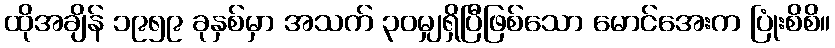
ထိုအချိန် ၁၉၅၉ ခုနှစ်မှာ အသက် ၃၀မျှရှိပြီဖြစ်သော မောင်အေးက ပြုံးစိစိ။